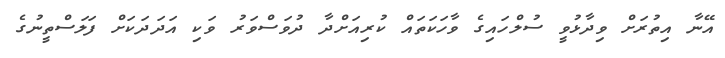
އޭނާ އިތުރަށް ވިދާޅުވީ ސުލްހައިގެ ވާހަކަތައް ކުރިއަށްދާ ދުވަސްވަރު ވަކި އަދަދަކަށް ފަލަސްތީނުގެ